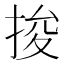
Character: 捘